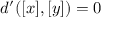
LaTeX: d ^ { \prime } ( [ x ] , [ y ] ) = 0